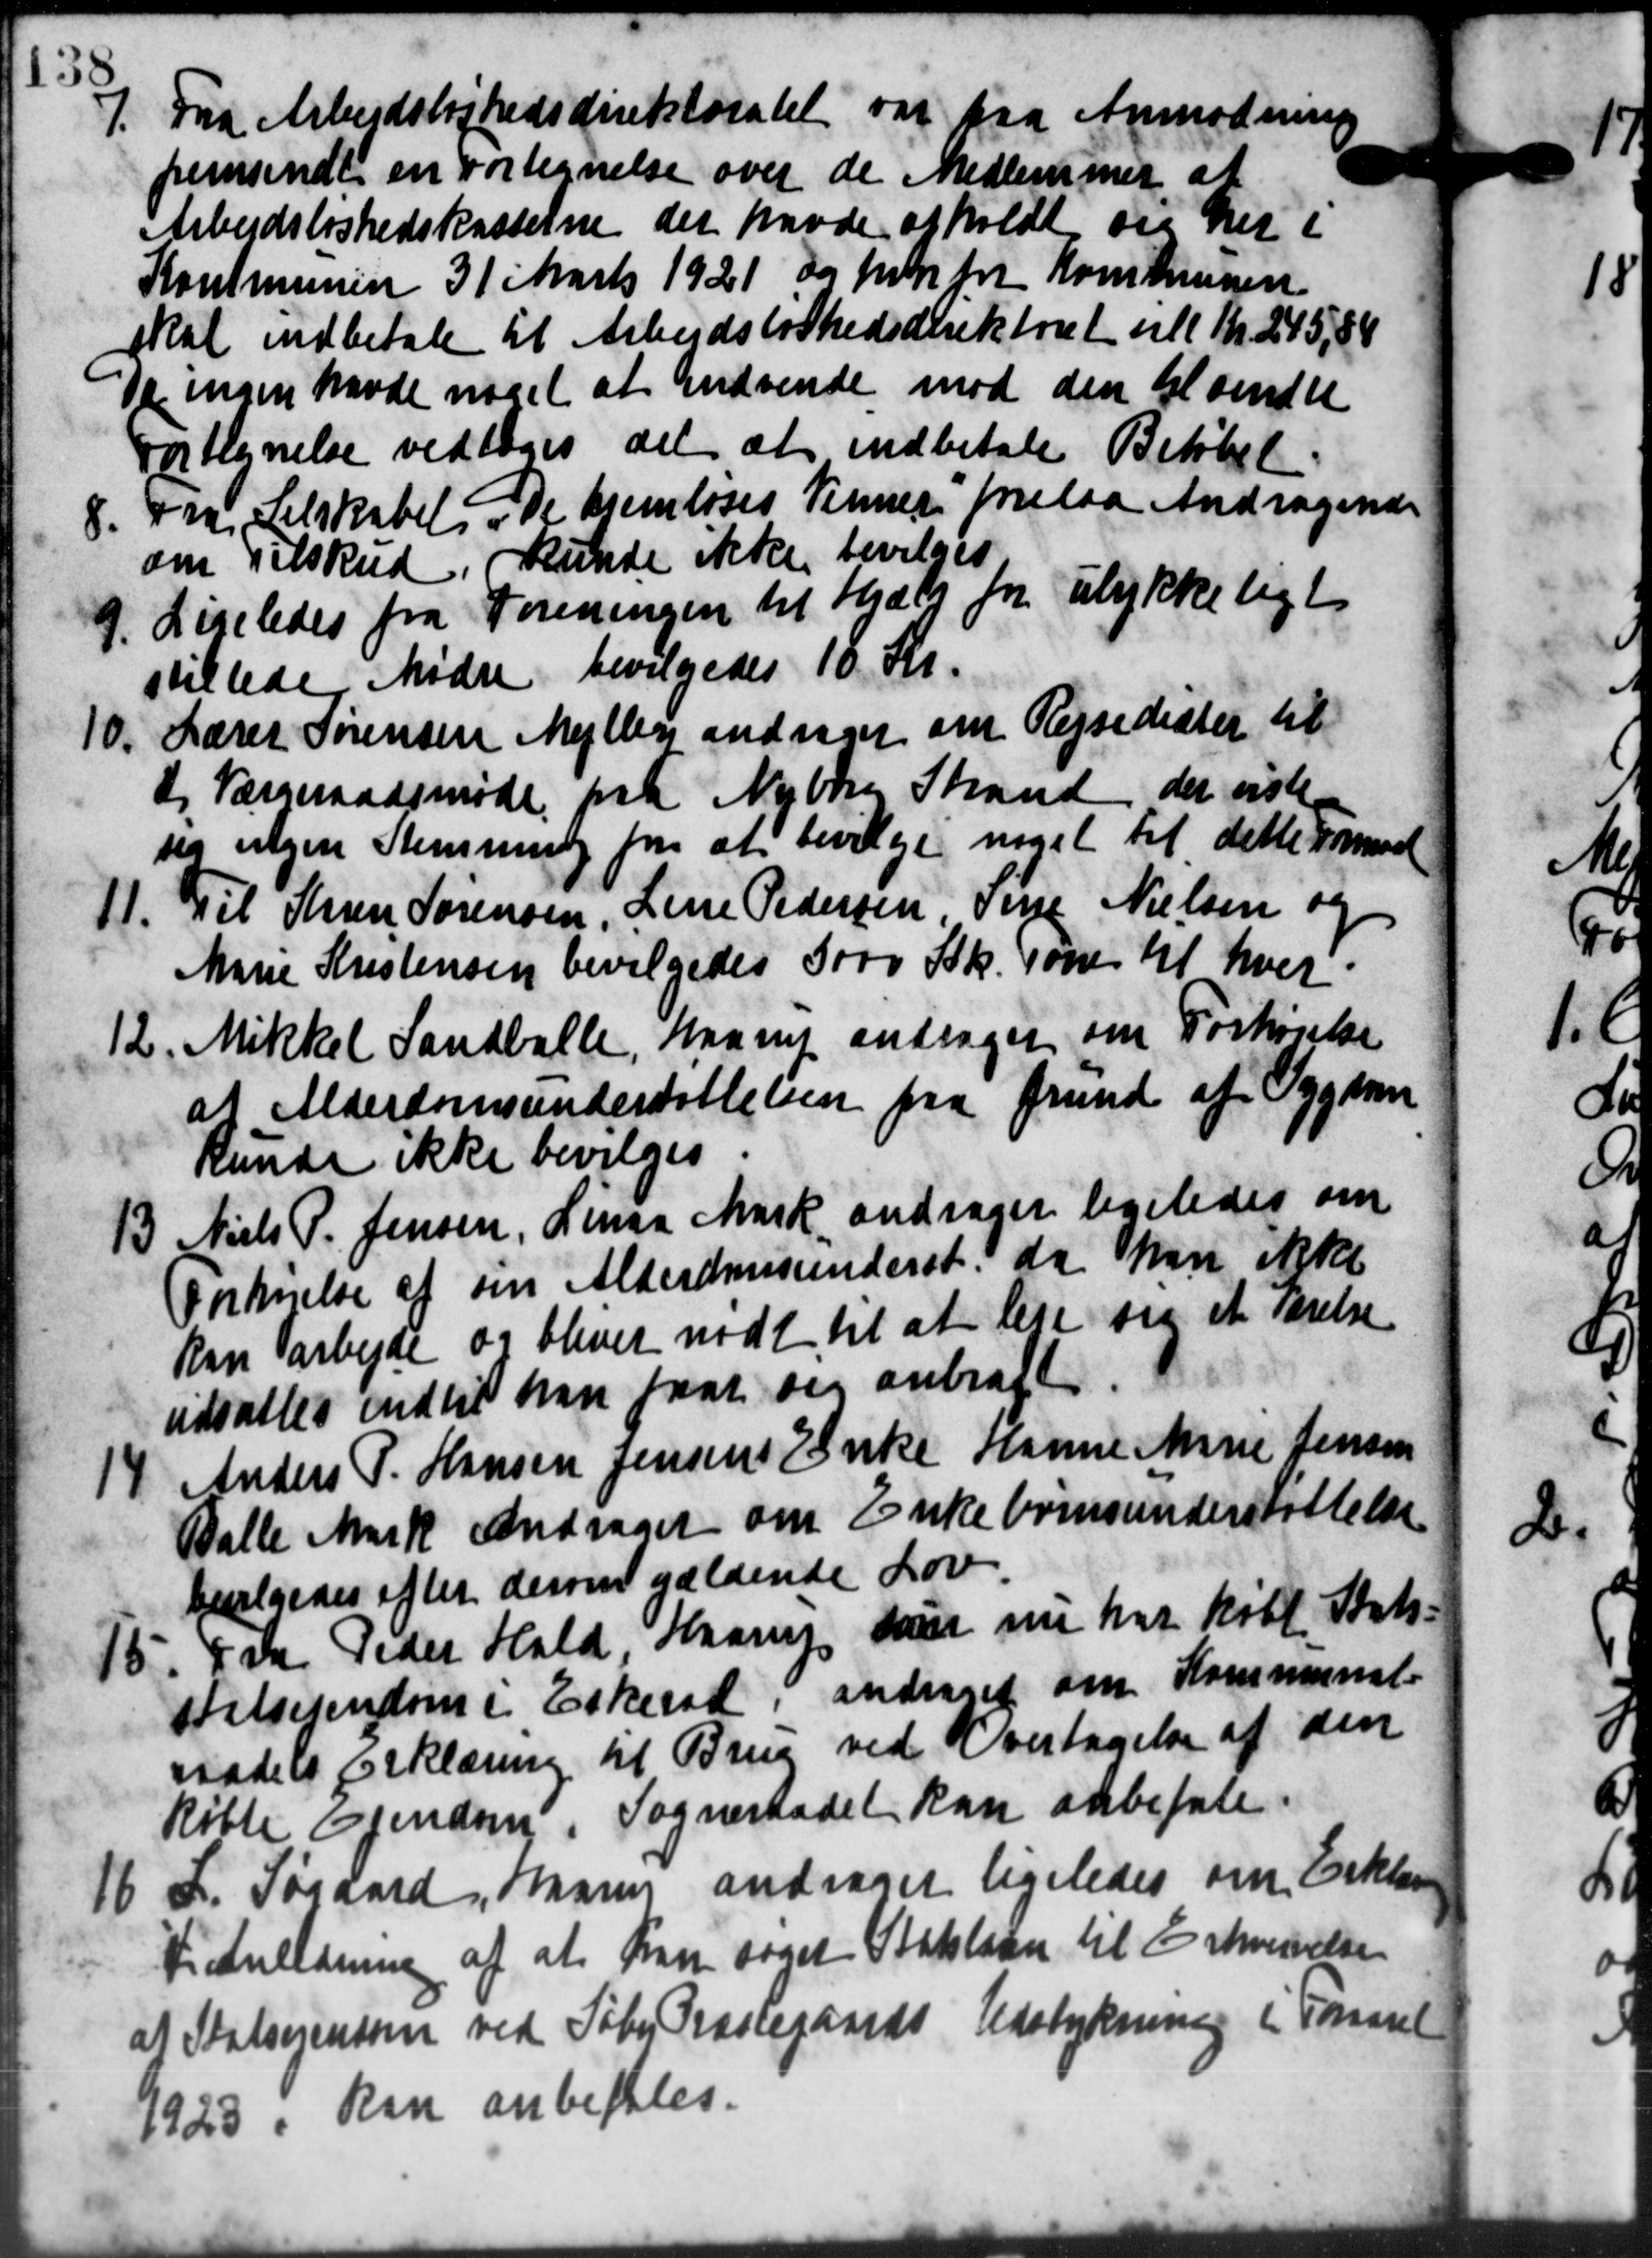
Transskription:
7. Fra Arbejdsløshedsdirektoratet var paa Anmodning
7. Fra Arbejdsløshedsdirektoratet var paa Anmodning
fremsendt en Fortegnelse over de Medlemmer at
Arbejdsløshedskasserne der havde afholdt sig her i
Kommunen 31 Marts 1921 og han fra Kommunen
skal indbetale til Arbejdsløshedsdirektoret til Kr. 245,88
De ingen havde noget at indvende mod den til sendte
Fortegnelse vedtoges det at indbetale Beløbet.
8.
Fra Selskabet "De hjemløses Venner forelaa Andragende
om Tilskud, kunde ikke bevilges.
9. Ligeledes fra Foreningen til Hjælp for ulykkeligt
9. Ligeledes fra Foreningen til Hjælp for ulykkeligt
stilledes Mødre bevilgedes 18 Kr.
10. Lærer Sørensen Mejlby andrager om Rejsedister til
10. Lærer Sørensen Mejlby andrager om Rejsedister til
de Værgeraadsmøde paa Nyborer Strand der viste
sig ingen Stemming for at bevilge noget til dette Komun
11. Til Krien Sørensen, Lene Pedersen, Sine Nielsen og
11. Til Krien Sørensen, Lene Pedersen, Sine Nielsen og
Marie Kristensen bevilgedes 5000 Stk. som til hver.
12. Mikkel Sandballe, Haarup andrager om Forhøjelse
at Alderdomsunderstøttelsen fra Grund af Sygdom
kunde ikke bevilges
13 Niels P. Jensen, Linaa Mark andrager ligeledes om
13 Niels P. Jensen, Linaa Mark andrager ligeledes om
Forhøjelse af sin Alderdomsunderst. da han ikke
kan arbejde og bliver nødt til at leje sig et Førelse
udsattes indtil han faar sig anbragt
14. Anders P. Hansen Jensens Enke Hanne Marie Jensen
14. Anders P. Hansen Jensens Enke Hanne Marie Jensen
Balle Mark Andrager om Enkebørnsunderstøttelse
bevilgedes efter derom gældende Lov.
15. Fr. Peder Hald, Haarup som nu har købt Stats
15. Fr. Peder Hald, Haarup som nu har købt Stats
stelsejendom i Eskerod, andrager om Kommunal
raadets forklæring til Brug ved Overtagelse af den
købte Ejendring. Sogneraadet kan anbefale
16 L. Søgaard, Haarup andrager ligeledes om Erklæri
16 L. Søgaard, Haarup andrager ligeledes om Erklæri
Vi anledning af at han søget Statslaan til Eskrivelse
at Statserensom ved Søby Kastegaards Udstykning i Foraaret
1923, kan anbefales.